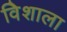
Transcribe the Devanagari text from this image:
विेशाला